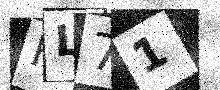
Text: FL71